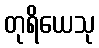
တုရိယေသု